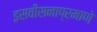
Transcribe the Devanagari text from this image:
इसवीसनाप्रमाणे